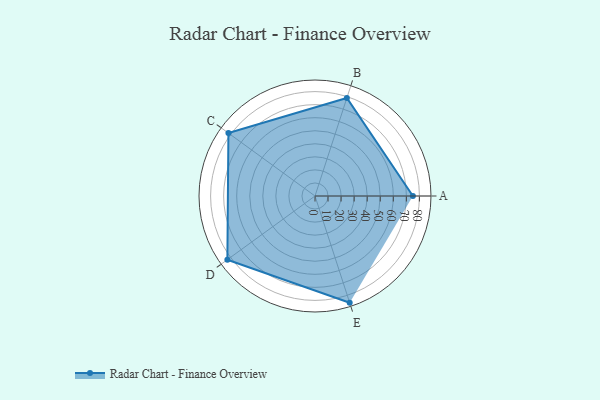
{"axis": {"x": "Skill", "y": "Score"}, "legend": ["Profile"], "data": [{"x": "A", "y": 75.0, "type": "Profile"}, {"x": "B", "y": 79.0, "type": "Profile"}, {"x": "C", "y": 82.0, "type": "Profile"}, {"x": "D", "y": 83.0, "type": "Profile"}, {"x": "E", "y": 86.0, "type": "Profile"}]}